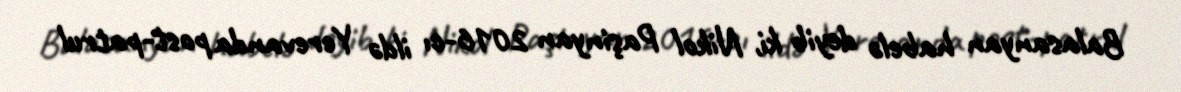
Balasanyan habelə deyib ki, Nikol Paşinyan 2016-cı ildə Yerevanda post-patrul